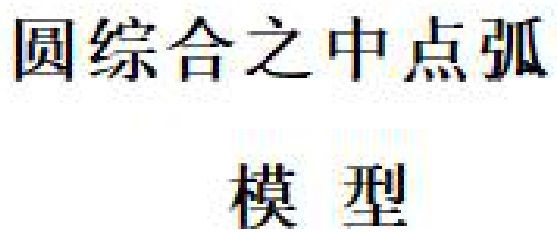
圆综合之中点弧
模 型